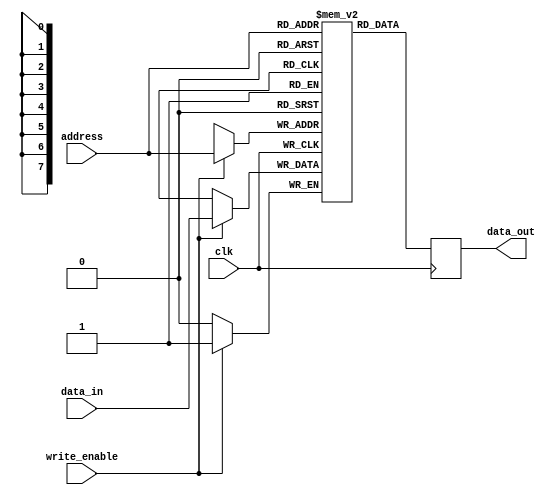
module MemoryBlocks_DRAM (
    input wire clk,
    input wire [ADDR_WIDTH-1:0] address,
    input wire write_enable,
    input wire data_in,
    output reg data_out
);

parameter DATA_WIDTH = 1;
parameter ADDR_WIDTH = 8; // assuming 8-bit address for simplicity

reg [DATA_WIDTH-1:0] memory [0:(2**ADDR_WIDTH)-1];

always @(posedge clk) begin
    if (write_enable) begin
        memory[address] <= data_in;
    end
    data_out <= memory[address];
end

endmodule